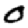
Digit: 0